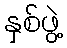
နှစ်ဖွဲ့